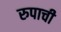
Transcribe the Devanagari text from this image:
रुपाची